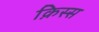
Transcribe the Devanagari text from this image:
क़िस्स